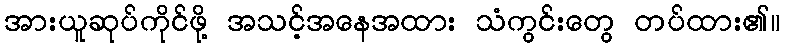
အားယူဆုပ်ကိုင်ဖို့ အသင့်အနေအထား သံကွင်းတွေ တပ်ထား၏။